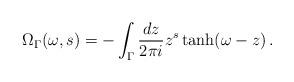
LaTeX: \begin{align*}\Omega_\Gamma(\omega,s) = -\int_\Gamma\frac{dz}{2\pi i}z^s\tanh(\omega-z) \,.\end{align*}